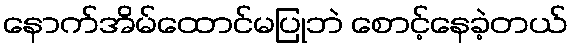
နောက်အိမ်ထောင်မပြုဘဲ စောင့်နေခဲ့တယ်